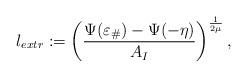
LaTeX: \begin{align*}l_{extr}:= \left(\frac{\Psi(\varepsilon_\#)-\Psi(-\eta)}{A_I}\right)^\frac{1}{2\mu},\end{align*}